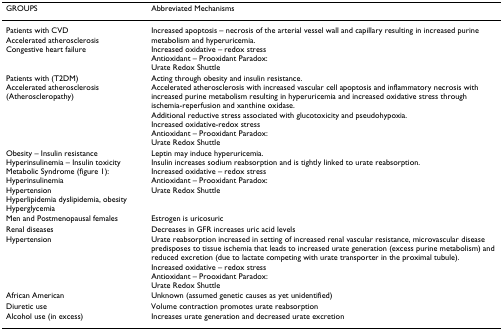
<table><thead><tr><td><b>GROUPS</b></td><td><b>Abbreviated Mechanisms</b></td></tr></thead><tbody><tr><td>Patients with CVDAccelerated atherosclerosisCongestive heart failure</td><td>Increased apoptosis – necrosis of the arterial vessel wall and capillary resulting in increased purine metabolism and hyperuricemia.Increased oxidative – redox stressAntioxidant – Prooxidant Paradox:Urate Redox Shuttle</td></tr><tr><td>Patients with (T2DM)Accelerated atherosclerosis(Atheroscleropathy)</td><td>Acting through obesity and insulin resistance.Accelerated atherosclerosis with increased vascular cell apoptosis and inflammatory necrosis with increased purine metabolism resulting in hyperuricemia and increased oxidative stress through ischemia-reperfusion and xanthine oxidase.Additional reductive stress associated with glucotoxicity and pseudohypoxia.Increased oxidative-redox stressAntioxidant – Prooxidant Paradox:Urate Redox Shuttle</td></tr><tr><td>Obesity – Insulin resistanceHyperinsulinemia – Insulin toxicityMetabolic Syndrome (figure 1):HyperinsulinemiaHypertensionHyperlipidemia dyslipidemia, obesityHyperglycemia</td><td>Leptin may induce hyperuricemia.Insulin increases sodium reabsorption and is tightly linked to urate reabsorption.Increased oxidative – redox stressAntioxidant – Prooxidant Paradox:Urate Redox Shuttle</td></tr><tr><td>Men and Postmenopausal females</td><td>Estrogen is uricosuric</td></tr><tr><td>Renal diseases</td><td>Decreases in GFR increases uric acid levels</td></tr><tr><td>Hypertension</td><td>Urate reabsorption increased in setting of increased renal vascular resistance, microvascular disease predisposes to tissue ischemia that leads to increased urate generation (excess purine metabolism) and reduced excretion (due to lactate competing with urate transporter in the proximal tubule).Increased oxidative – redox stressAntioxidant – Prooxidant Paradox:Urate Redox Shuttle</td></tr><tr><td>African American</td><td>Unknown (assumed genetic causes as yet unidentified)</td></tr><tr><td>Diuretic use</td><td>Volume contraction promotes urate reabsorption</td></tr><tr><td>Alcohol use (in excess)</td><td>Increases urate generation and decreased urate excretion</td></tr></tbody></table>